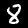
Label: 8